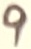
Text: 9